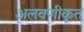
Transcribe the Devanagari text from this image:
अलवणीकृत